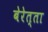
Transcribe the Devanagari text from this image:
बेरेत्ता